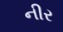
નીર